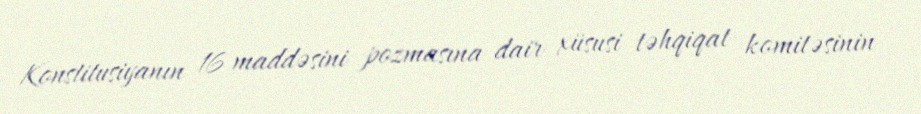
Konstitusiyanın 16 maddəsini pozmasına dair xüsusi təhqiqat komitəsinin